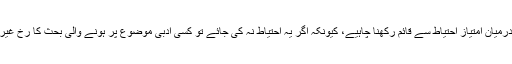
اجمل کمال:میرا خیال ہے کہ ہمیں کسی فرد اور اس کے کام (یا تنقیدی رائے) کے درمیان امتیاز احتیاط سے قائم رکھنا چاہیے، کیونکہ اگر یہ احتیاط نہ کی جائے تو کسی ادبی موضوع پر ہونے والی بحث کا رخ غیرضروری طور پر کسی ناگوار سمت میں مڑ سکتا ہے (اور اکثر مڑ جایا کرتا ہے)۔